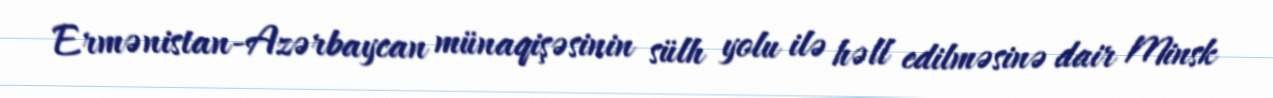
Ermənistan-Azərbaycan münaqişəsinin sülh yolu ilə həll edilməsinə dair Minsk